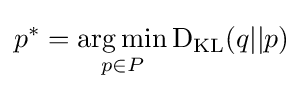
p^{*}={\underset {p\in P}{\arg \min }}\operatorname {D} _{\mathrm {KL} }(q||p)